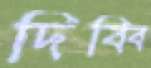
দিব্বি